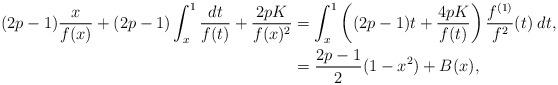
LaTeX: \begin{align*}\displaystyle (2p-1)\frac{x}{f(x)}+(2p-1)\int_x^1\frac{dt}{f(t)}+\frac{2pK}{f(x)^2}&=\displaystyle \int_x^1\left((2p-1)t+\frac{4pK}{f(t)}\right)\frac{f^{(1)}}{f^2}(t)\; dt,\\&= \frac{2p-1}{2}(1-x^2) +B(x),\end{align*}